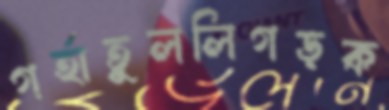
গর্হাতুললিগড়ক